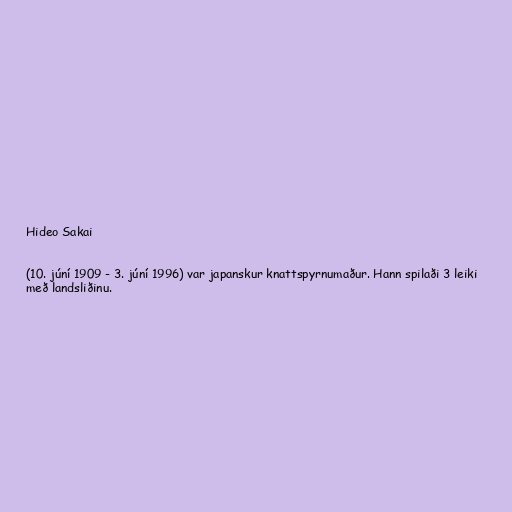
Hideo Sakai

(10. júní 1909 - 3. júní 1996) var japanskur knattspyrnumaður. Hann spilaði 3 leiki
með landsliðinu.